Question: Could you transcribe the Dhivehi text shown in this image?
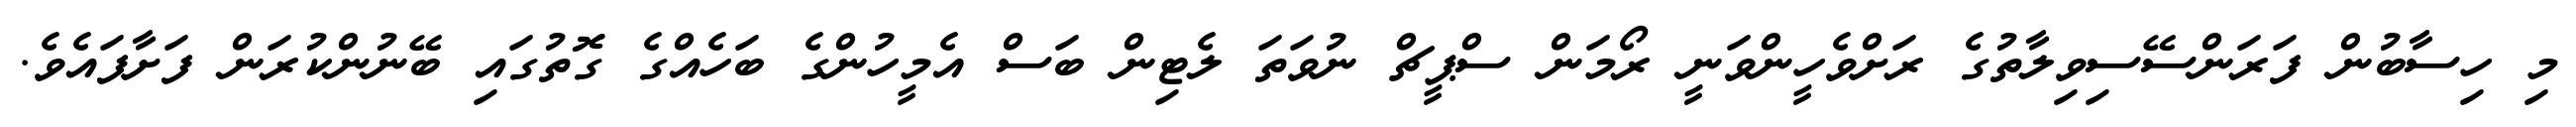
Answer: މި ހިސާބުން ފަރަންސޭސިވިލާތުގެ ރަށްވެހީންވަނީ ރޯމަން ސްޕީޗް ނުވަތަ ލެޓިން ބަސް އެމީހުންގެ ބަހެއްގެ ގޮތުގައި ބޭނުންކުރަން ފަށާފައެވެ.